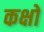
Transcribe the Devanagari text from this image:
कक्षो